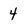
Character: 4